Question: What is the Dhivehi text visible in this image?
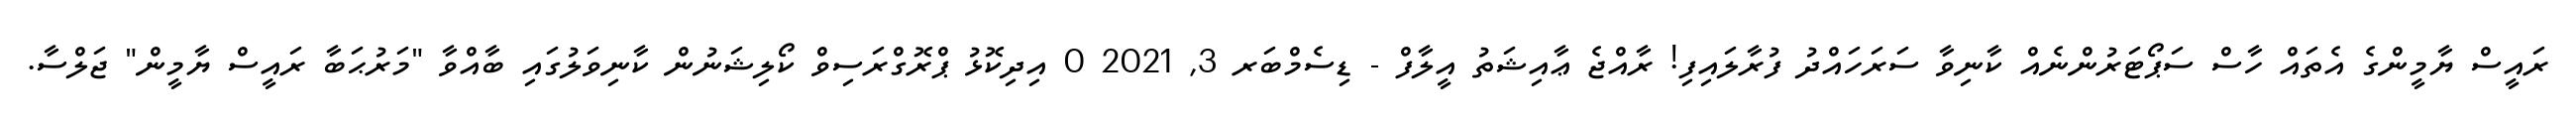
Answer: ރައީސް ޔާމީންގެ އެތައް ހާސް ސަޕޯޓަރުންނެއް ކާނިވާ ސަރަހައްދު ފުރާލައިފި! ރާއްޖެ ޢާއިޝަތު އީލާފް - ޑިސެމްބަރ 3, 2021 0 އިދިކޮޅު ޕްރޮގްރަސިވް ކޯލިޝަނުން ކާނިވަލުގައި ބާއްވާ "މަރުޙަބާ ރައީސް ޔާމީން" ޖަލްސާ.